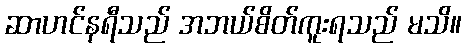
ဆာဟင်နရီသည် အဘယ်စိတ်ကူးရသည် မသိ။